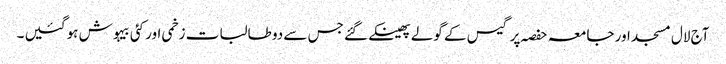
آج لال مسجد اور جامعہ حفصہ پر گیس کے گولے پھینکے گئے جس سے دو طالبات زخمی اور کئی بیہوش ہو گئیں ۔